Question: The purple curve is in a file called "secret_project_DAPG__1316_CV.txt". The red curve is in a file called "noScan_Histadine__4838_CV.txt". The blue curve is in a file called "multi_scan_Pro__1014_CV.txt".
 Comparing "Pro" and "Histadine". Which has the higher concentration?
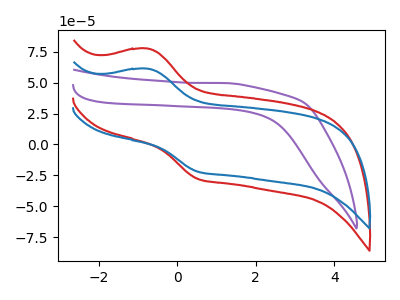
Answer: <think>The purple curve "DAPG" has no peaks. The red curve "Histadine" has an anodic peak at (-0.75V, 77.60uA) and a cathodic peak at (0.50V, -27.90uA). The blue curve "Pro" has an anodic peak at (-0.75V, 61.35uA) and a cathodic peak at (0.50V, -22.05uA).
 All the peaks in "Pro" have a peak in "Histadine" at the same potential. Every peak in "Pro" is lower than every peak in "Histadine".</think>
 <answer>"Pro" has less signal than "Histadine" and so likely has a lower concentration.</answer>
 <eval>less_concentration</eval>